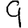
Digit: 9